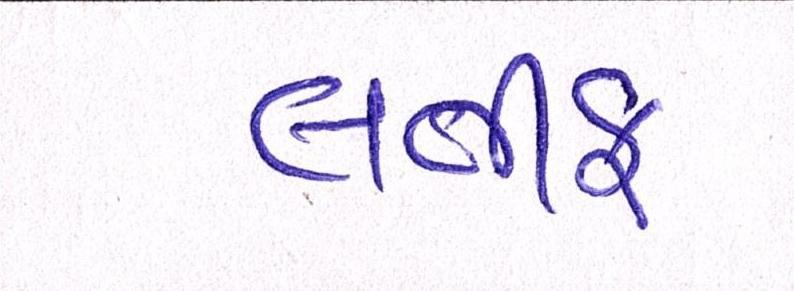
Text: લતીફ